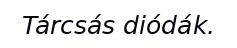
Tárcsás diódák.